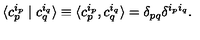
\langle c _ { p } ^ { i _ { p } } \mid c _ { q } ^ { i _ { q } } \rangle \equiv \langle c _ { p } ^ { i _ { p } } , c _ { q } ^ { i _ { q } } \rangle = \delta _ { p q } \delta ^ { i _ { p } i _ { q } } .